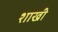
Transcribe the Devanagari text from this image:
शाखी